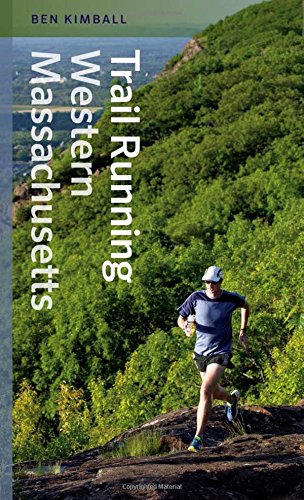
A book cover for Trail Running Western Massachusetts; Ben Kimball; Sports & Outdoors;